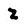
Character: Z